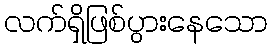
လက်ရှိဖြစ်ပွားနေသော